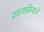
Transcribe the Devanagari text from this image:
शस्त्रक्रियाने